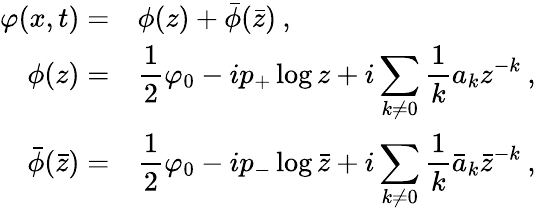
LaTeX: \begin{array}{rl}{{\displaystyle\varphi(x,t)=}}&{{\phi(z)+\bar{\phi}(\bar{z})\: ,}}\\ {{\phi(z)=}}&{{\displaystyle\frac{1}{2}\varphi_{0}-ip_{+}\log z+i\displaystyle\sum_{k\neq 0}\displaystyle\frac{1}{k}a_{k}z^{-k}\: ,}}\\ {{\bar{\phi}(\bar{z})=}}&{{\displaystyle\frac{1}{2}\varphi_{0}-ip_{-}\log\bar{z}+i\displaystyle\sum_{k\neq 0}\displaystyle\frac{1}{k}\bar{a}_{k}\bar{z}^{-k}\: ,}}\end{array}